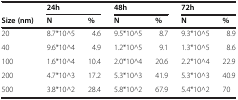
|  | 24h |  | 48h |  | 72h |  |
 | Size (nm) | N | % | N | % | N | % |
 | --- | --- | --- | --- | --- | --- | --- |
 | 20 | 8.7*10^5 | 4.6 | 9.5*10^5 | 8.7 | 9.3*10^5 | 8.9 |
 | 40 | 9.6*10^4 | 4.9 | 1.2*10^5 | 9.1 | 1.3*10^5 | 8.6 |
 | 100 | 1.6*10^4 | 10.4 | 2.0*10^4 | 20.6 | 2.2*10^4 | 22.9 |
 | 200 | 4.7*10^3 | 17.2 | 5.3*10^3 | 41.9 | 5.3*10^3 | 40.9 |
 | 500 | 3.8*10^2 | 28.4 | 5.8*10^2 | 67.9 | 5.4*10^2 | 70 |